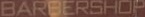
BARBERSHOP